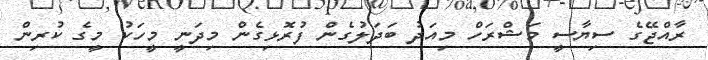
ރާއްޖޭގެ ސިޔާސީ މަޝްރަހް މިއަދު ބަދަލުގެން ފުރޮޅިގެން މިދަނީ މީހަކު މީގެ ކުރިން